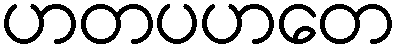
ဟတပဟတေ